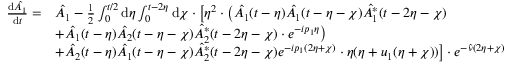
\begin{array} { r l } { \frac { \mathrm { d } \hat { A _ { 1 } } } { \mathrm { d } t } = } & { \hat { A _ { 1 } } - \frac { 1 } { 2 } \int _ { 0 } ^ { t / 2 } \mathrm { d } \eta \int _ { 0 } ^ { t - 2 \eta } \mathrm { d } \chi \cdot \bigl [ \eta ^ { 2 } \cdot \bigl ( \hat { A _ { 1 } } ( t - \eta ) \hat { A _ { 1 } } ( t - \eta - \chi ) \hat { A _ { 1 } ^ { * } } ( t - 2 \eta - \chi ) } \\ & { + \hat { A _ { 1 } } ( t - \eta ) \hat { A _ { 2 } } ( t - \eta - \chi ) \hat { A _ { 2 } ^ { * } } ( t - 2 \eta - \chi ) \cdot e ^ { - i p _ { 1 } \eta } \bigr ) } \\ & { + \hat { A _ { 2 } } ( t - \eta ) \hat { A _ { 1 } } ( t - \eta - \chi ) \hat { A _ { 2 } ^ { * } } ( t - 2 \eta - \chi ) e ^ { - i p _ { 1 } ( 2 \eta + \chi ) } \cdot \eta ( \eta + u _ { 1 } ( \eta + \chi ) ) \bigr ] \cdot e ^ { - \hat { \nu } ( 2 \eta + \chi ) } } \end{array}